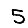
Digit: 5